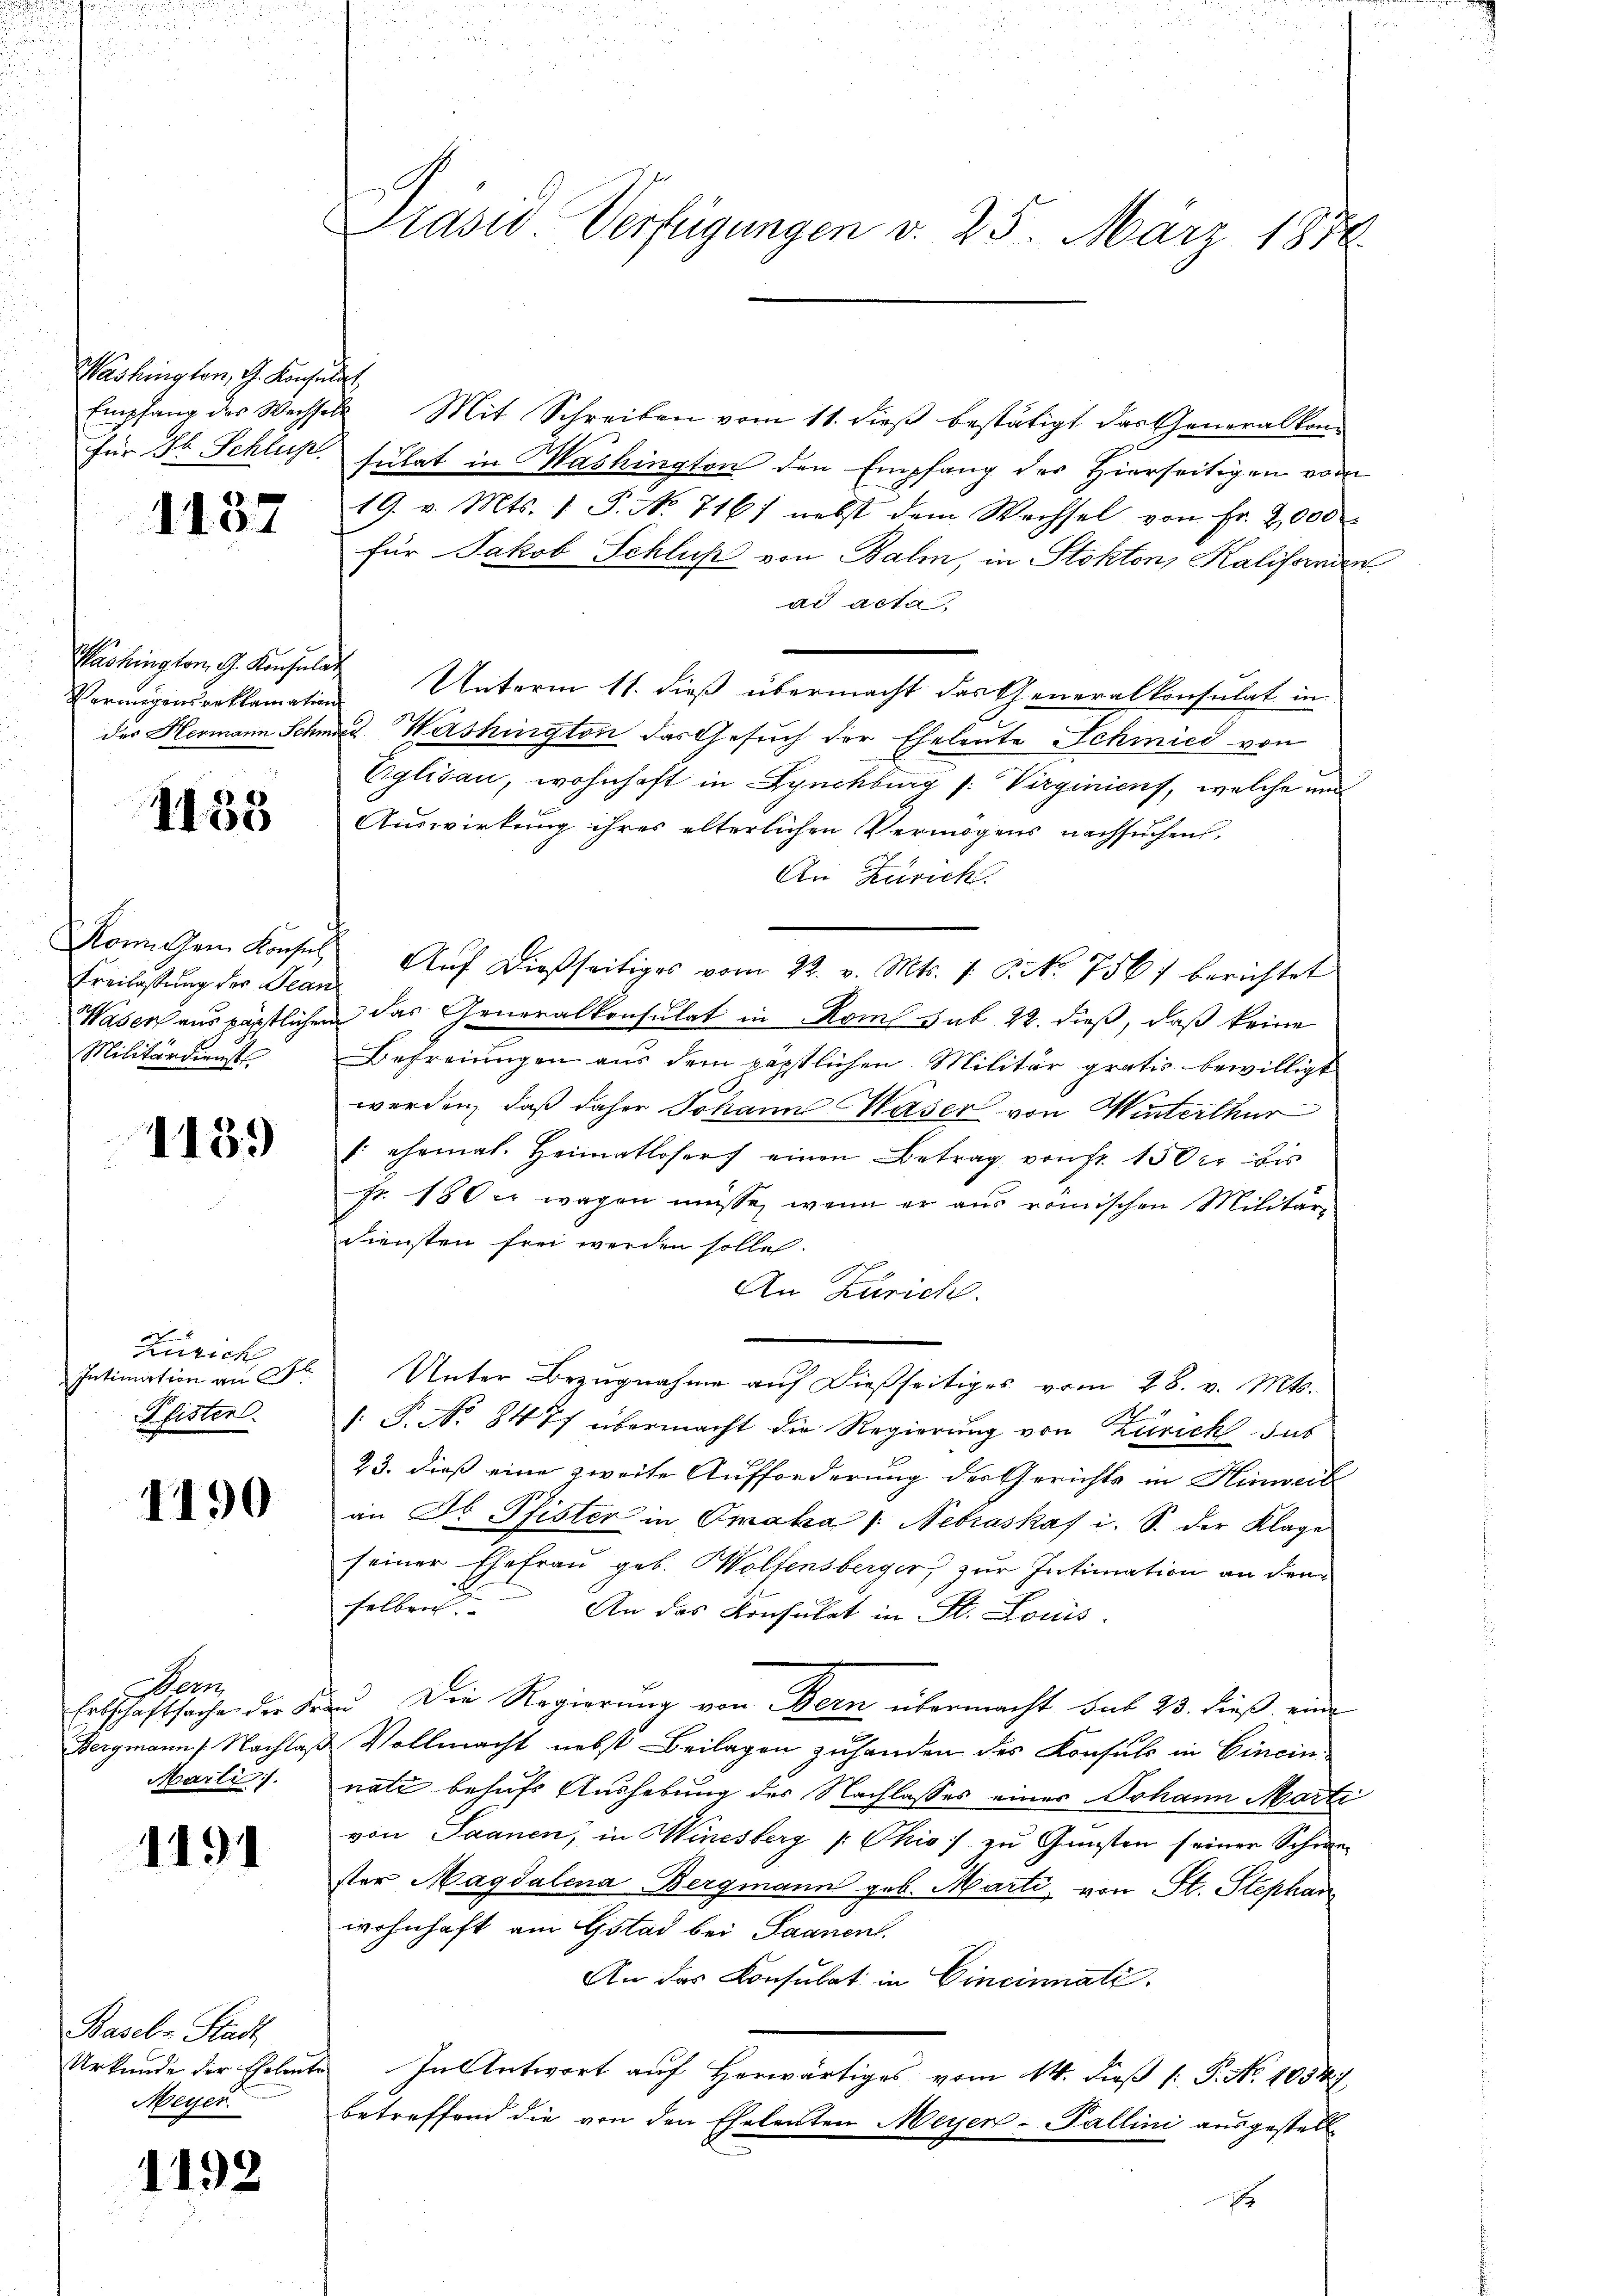
Washington, G. Konsulat,

1137

Vermögensreklamation

1135

Freilassung der Jean
Militärdienst

1139

x
Zürich
Intimation an Al.
Pfister.

1190

Dem
Erbschaftsache der Fr.
Bergmann /: Nachla
Marti

1191

Basel-Stadt
Urkunde der Eheleut
Meyer.

1192

Präsid Verfügungen d. 25. März 1874.

Empfang des Wechsels Mit Schreiben vom 11. dieβ bestätigt das Generalkom-
für 36 Schluß, sulat in Washington den Empfang der Hierseitigen vom
19. v. Mts. 1. P. No 716) nebst dem Wachsel von Fr. 2,000
für Jakob Schluß von Balm, in Stokton, Kalifornden
ad acta
Washington G. Konfeldt Unterm 11. dieß übermacht das Generalkonsulat in
der Hermann Schmed Washington das Gesuch der Eheleute Schmied von
Eglisau, wohnhaft in Lynchburg s. Virginicus, welche und
Auswirkung ihres elterlichen Vermögens nachsuchen,
An Zürich.
Komitem Konses Aŭf dießseitiges vom 22. v. Mts. 1. P. Nr. 756) berichtet
Waser aus päpstlichen das Generalkonsulat in Rom sub 22. dieß, daß keine
Befreiungen aus dem päpstlichen Militär gratis bewilligt
werden, daß daher Johann Waser von Winterthur
. ehemal. Heimatloser einen Betrag von Fr. 150 r. bis
fr. 180 er wegen müsse, wenn er aus römischen Militär-
diensten frei werden solle.
An Zürich.
Unter Bezugnahme auf dießseitiges vom 28. v. Mts.
: P. No 8477 übermacht die Regierung von Zürich das
23. dieß eine zweite Aufforderung der Gerichts in Hinweid
an Dr. Pfister in Omaka /: Nebraskaf i. S. der Klage
seiner Ehefrau geb. Wolfensberger, zur Intimation an den
selben
An das Konsulat in St. Louis
Die Regierung von Bern übermacht sub 23. dieß eine
f
& Vollmacht nebst Beilagen zuhanden des Konsuls in Cincin-
natz behufs Aushebung der Nachlasses eines Johann Marti
von Saanen, in Wiesberg /: Ohio) zu Gunsten seiner Schwe
ster Magdalena Bergmann geb. Marti, von St. Stephan
wohnhaft am Gstad bei Saanen.
An das Konsulat in Cincinnatz.
In Antwort auf Herwärtiges vom 14. Dieß [ P. No 1054.7.
betreffend die von den Eheleuten Meyer-Pallini ausgestellt